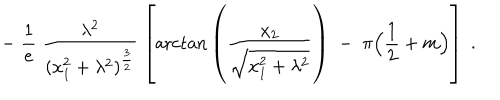
- \; \frac { 1 } { e } \; \frac { \lambda ^ { 2 } } { ( x _ { 1 } ^ { 2 } + \lambda ^ { 2 } ) ^ { \frac { 3 } { 2 } } } \; \left[ \mathrm { a r c t a n } \left( \frac { x _ { 2 } } { \sqrt { x _ { 1 } ^ { 2 } + \lambda ^ { 2 } } } \right) \; - \; \pi \Big ( \frac { 1 } { 2 } + m \Big ) \right] \; .